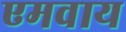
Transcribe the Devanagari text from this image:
एमवाय